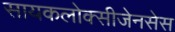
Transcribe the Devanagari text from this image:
सायकलोक्सीजेनसेस